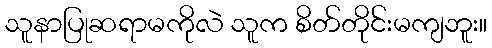
သူနာပြုဆရာမကိုလဲ သူက စိတ်တိုင်းမကျဘူး။